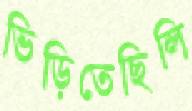
ভিড়িতেছিলি